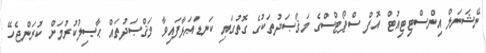
ނޭޝަނަލް އިންސްޓިޓިއުޓް އޮފް ސްޕޯޓްސްގެ މަޤްޞަދުތަކުގެ ގޮތުގައި ކަނޑައަޅާފައިވާ މަޤްޞަދުތައް ޙާޞިލުކުރުމަށް ކުރަންޖެހޭ